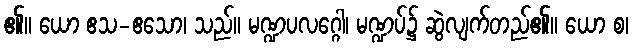
၏။ ယော ဧသ-ဧသော၊ သည်။ မဏ္ဍပလဂ္ဂေါ၊ မဏ္ဍပ်၌ ဆွဲလျက်တည်၏။ ယော စ၊